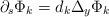
LaTeX: \begin{align*}\partial_s \Phi_k = d_k \Delta_y \Phi_k\end{align*}